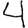
Digit: 4